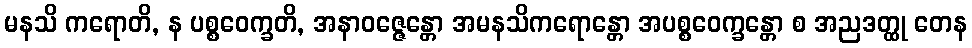
မနသိ ကရောတိ, န ပစ္စဝေက္ခတိ, အနာဝဇ္ဇေန္တော အမနသိကရောန္တော အပစ္စဝေက္ခန္တော စ အညဒတ္ထု တေန